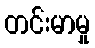
တင်းမာမှု